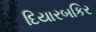
દિયારબકિર